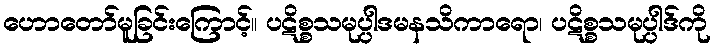
ဟောတော်မူခြင်းကြောင့်။ ပဋိစ္စသမုပ္ပါဒမနသိကာရော၊ ပဋိစ္စသမုပ္ပါဒ်ကို